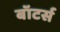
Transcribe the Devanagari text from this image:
बॉटर्स